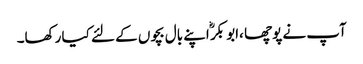
آپ نے پوچھا ،ابو بکرؓ اپنے بال بچوں کے لئے کیا رکھا۔